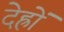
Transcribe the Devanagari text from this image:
देह्रों